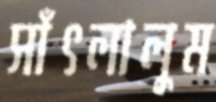
সাঁৎলালুম